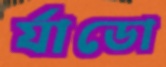
র‍্যাডো